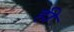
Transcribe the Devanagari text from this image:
ह़ी